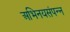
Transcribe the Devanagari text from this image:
अभिनयसंपन्‍न